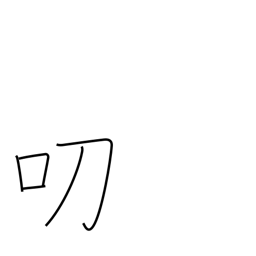
Meaning: graciously